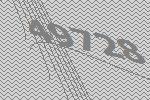
49728